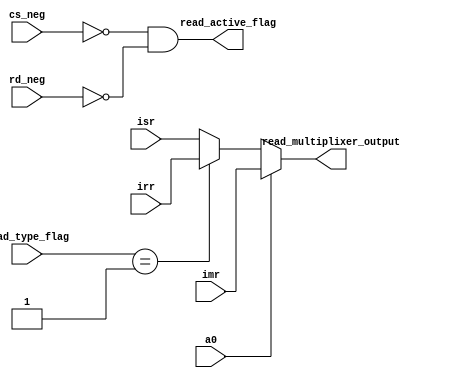
module READING_STATUS_HANDLER (
  input wire [0:1] read_type_flag,
  input wire a0,
  input wire cs_neg,
  input wire rd_neg,
  input wire [0:7] imr,
  input wire [0:7] isr,
  input wire [0:7] irr,

  output wire [0:7] read_multiplixer_output,
  output wire read_active_flag
  );

  localparam read_isr_type = 2'b11;
  localparam read_irr_type = 2'b01;
  // always@(negedge cs_neg) begin
  //   read_active_flag=0;
  //   if (!cs_neg && !rd_neg) begin
  //     read_active_flag=1;
  //     read_multiplixer_output = a0 ? ((read_type_flag == read_irr_type) ? irr : isr ) : imr ;
  //   end
  // end
  assign read_active_flag = (! cs_neg) && (! rd_neg); 
  assign read_multiplixer_output = !a0 ? ((read_type_flag == read_irr_type) ? irr : isr ) : imr ;
endmodule